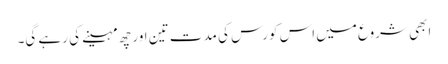
ابھی شروع میں اس کورس کی مدت تین اور چھ مہینے کی رہے گی۔